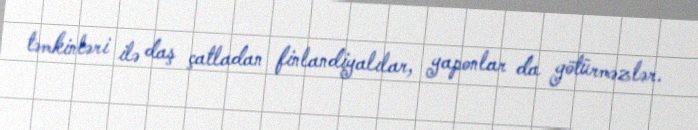
təmkinləri ilə daş çatladan finlandiyalılar, yaponlar da götürməzlər.